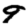
Digit: 9